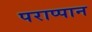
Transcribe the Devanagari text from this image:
पराप्पान